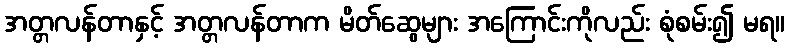
အတ္တလန်တာနှင့် အတ္တလန်တာက မိတ်ဆွေများ အကြောင်းကိုလည်း စုံစမ်း၍ မရ။